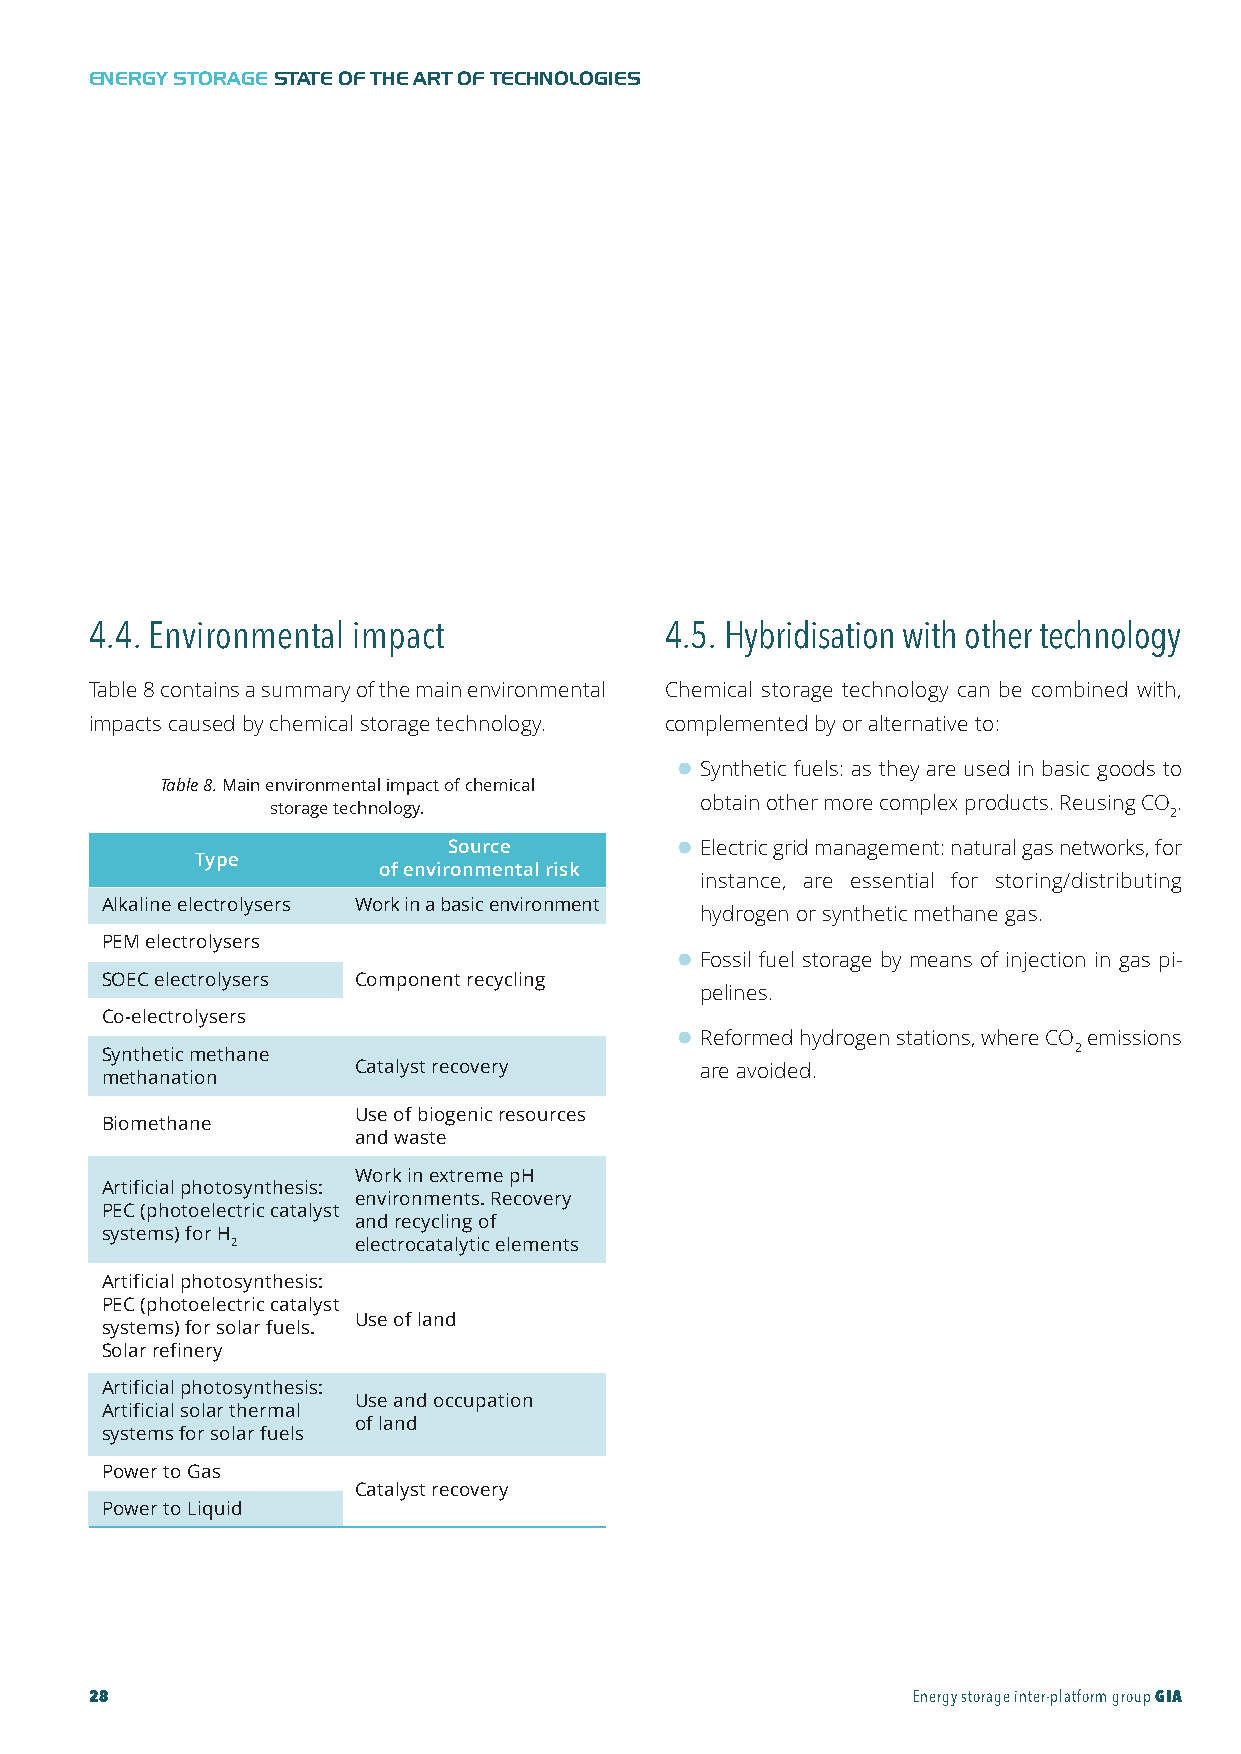
GIA-Maqueta-ENG 18/11/2015 10:05 Página 28
 ENERGY STORAGESTATE OF THE ART OF TECHNOLOGIES
 4.4. Environmental impact             4.5. Hybridisation with other technology
 Table 8 contains a summary of the main environmental Chemical storage technology can be combined with,
 impacts caused by chemical storage technology. complemented by or alternative to:
 l Synthetic fuels: as they are used in basic goods to
 Table8.Main environmental impact of chemical
 obtain other more complex products. Reusing CO .
 storage technology.                                        2
 Source         l Electric grid management: natural gas networks, for
 Type
 of environmental risk
 instance, are essential for storing/distributing
 Alkaline electrolysers Work in a basic environment
 hydrogen or synthetic methane gas.
 PEM electrolysers
 l Fossil fuel storage by means of injection in gas pi-
 SOEC electrolysers Component recycling
 pelines.
 Co-electrolysers
 l Reformed hydrogen stations, where CO emissions
 Synthetic methane                                               2
 Catalyst recovery      are avoided.
 methanation
 Use of biogenic resources
 Biomethane
 and waste
 Work in extreme pH
 Artificial photosynthesis:
 environments. Recovery
 PEC (photoelectric catalyst
 and recycling of
 systems) for H
 2       electrocatalytic elements
 Artificial photosynthesis:
 PEC (photoelectric catalyst
 Use of land
 systems) for solar fuels.
 Solar refinery
 Artificial photosynthesis:
 Use and occupation
 Artificial solar thermal
 of land
 systems for solar fuels
 Power to Gas
 Catalyst recovery
 Power to Liquid
 28                                                    Energy storage inter-platform groupGIA